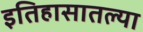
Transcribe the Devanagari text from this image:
इतिहासातल्या